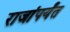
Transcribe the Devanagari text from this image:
राजांपर्यंत